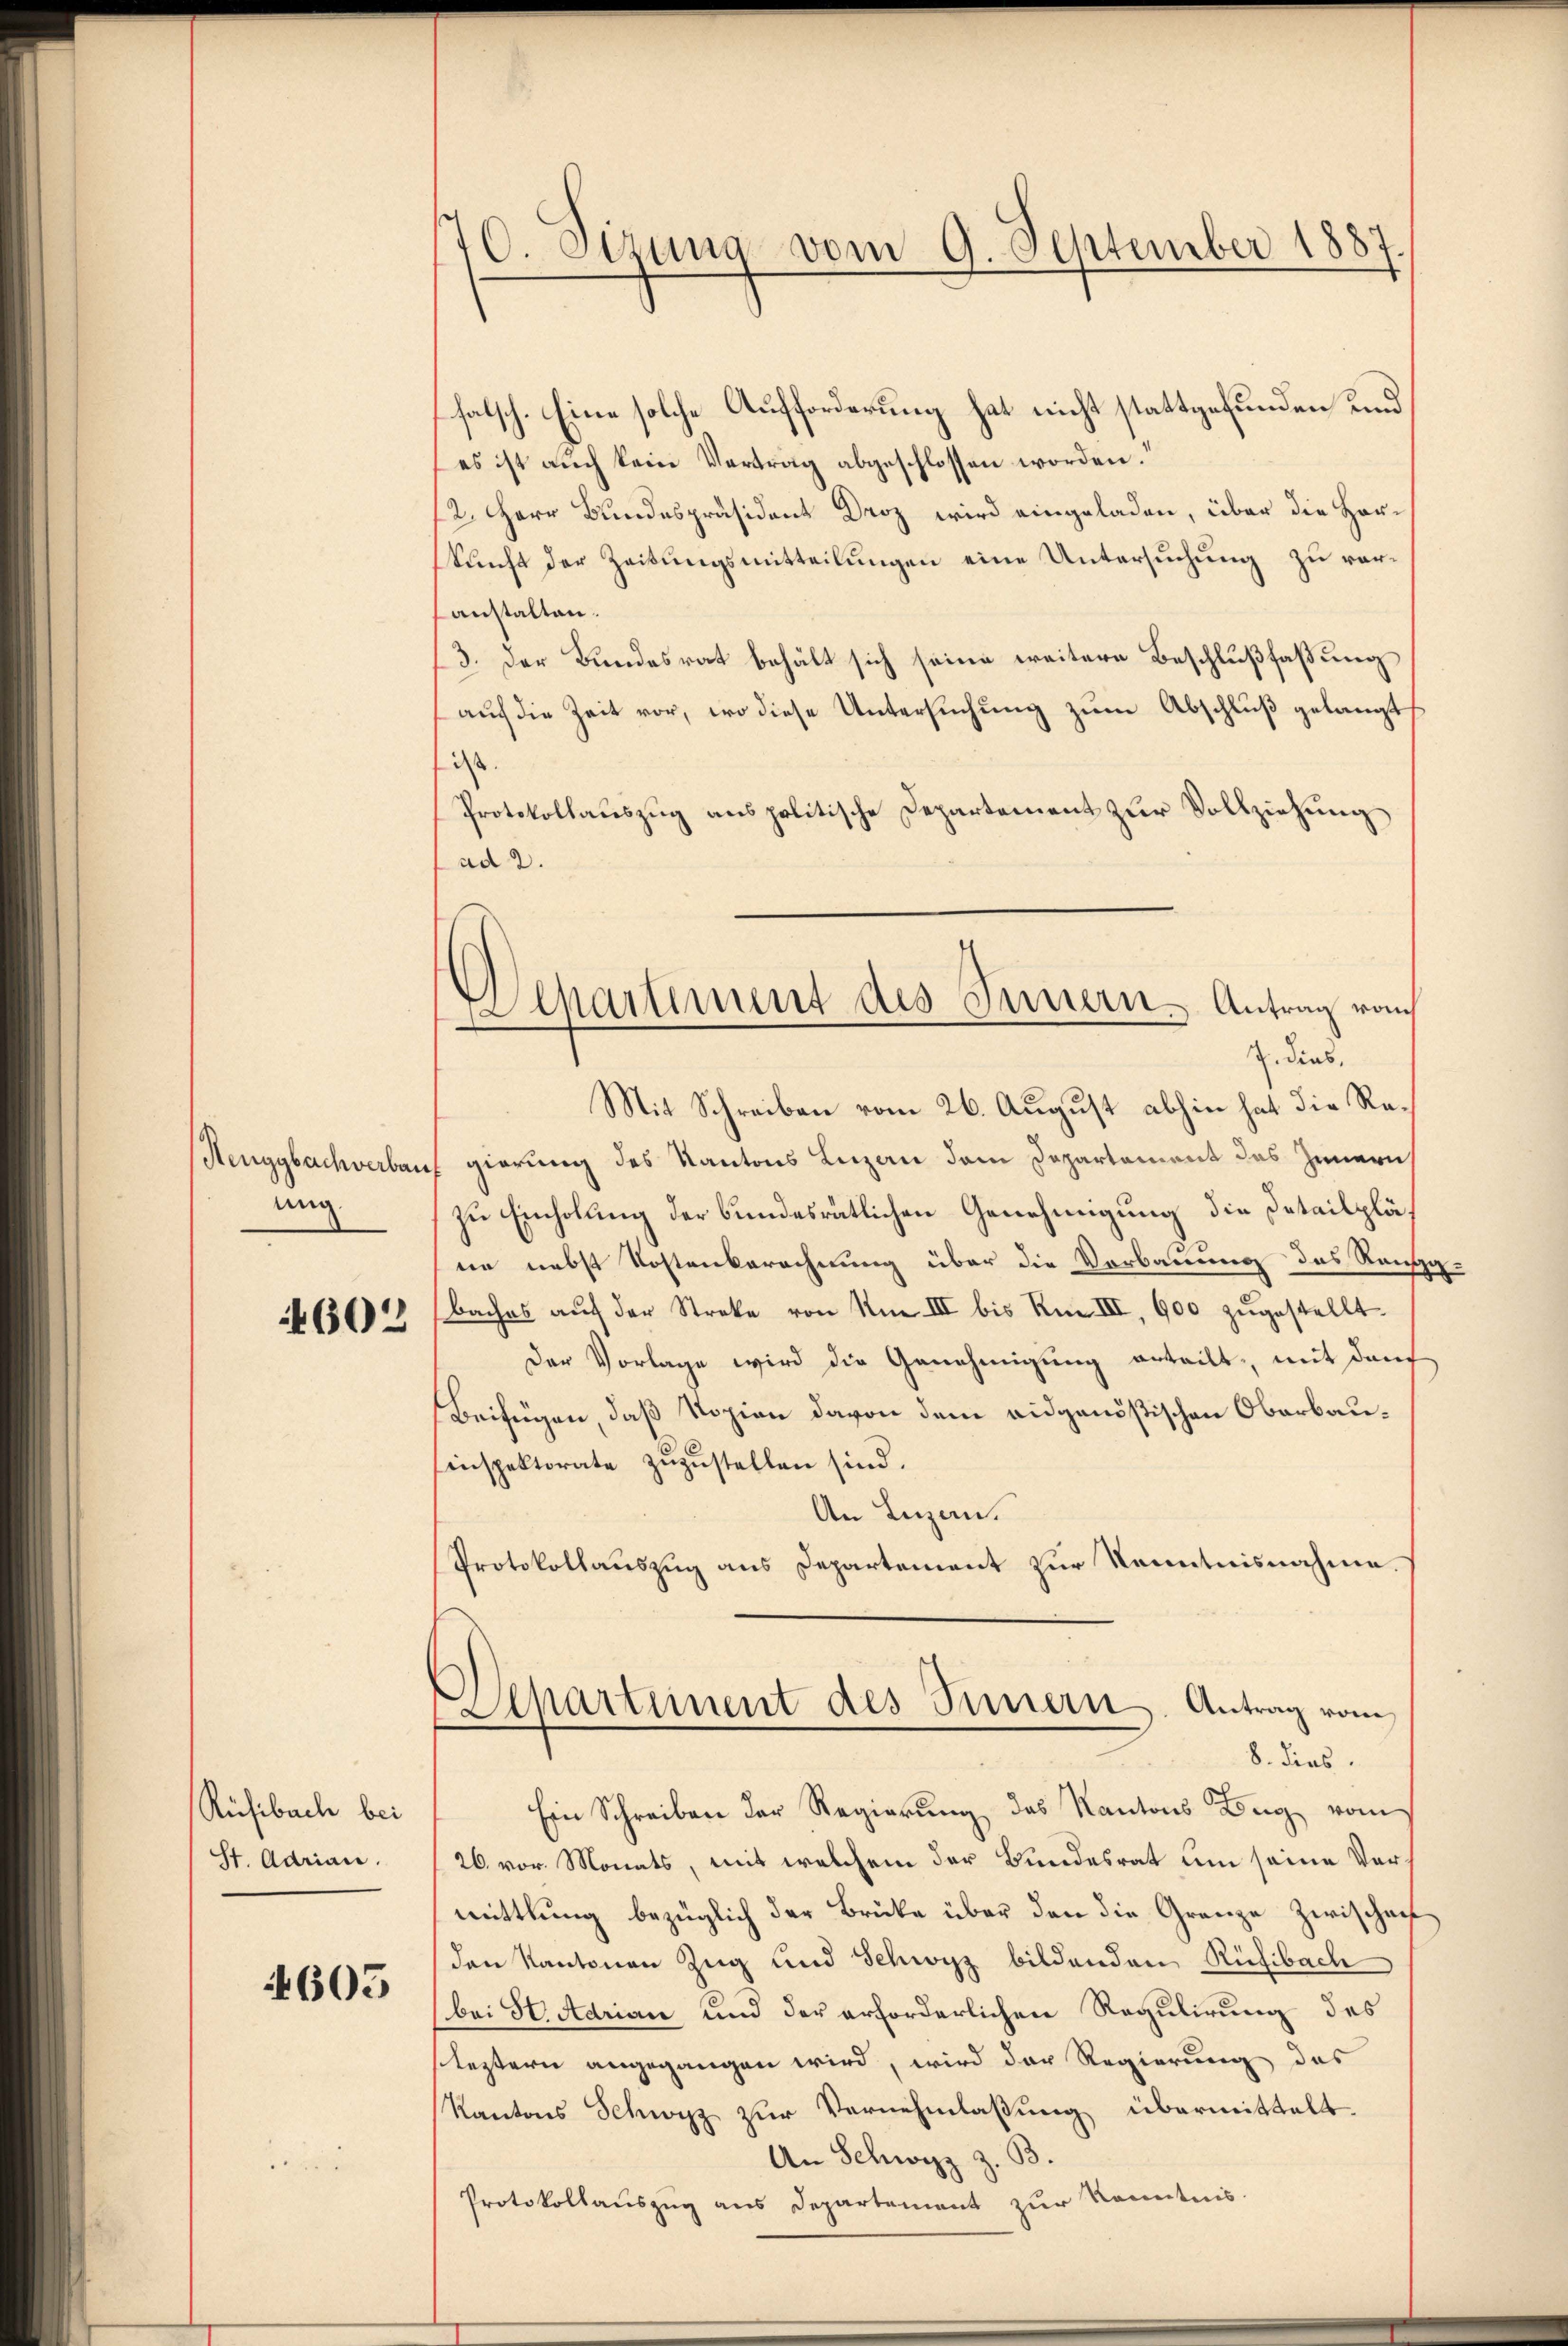
Henggbachverbau
ung
4602

Rüsibach bei
St. Adrian.

605

c
10. Sizung vom 9. September 1887

.
Alpartement des Innern Antrag vom

falsch. Eine solche Aufforderung hat nicht stattgefunden und
es ist auch kein Vertrag abgeschlossen worden.
2. Herr Bundespräsident Droz wird eingeladen, über die Horkunft der Zeitungsmitteilungen eine Untersuchung zu veranstalten.
3. Der Bundesrat behält sich seine weitere Beschlußfaßung
auf die Zeit vor, wo diese Untersuchung zum Abschluß gelangt,
i
Protokollauszug aus politische Departement zur Vollziehung
ad 2.
G. dies
Mit Schreiben vom 26. August abhin hat die Re¬
Egierung des Kantons Luzan dem Departement des Innern
zu Einholung der bundesrätlichen Genehmigung die Detailpläin nebst Kostenberechnung über die Verbauung des Rang-
Baches aŭf der Streke von Am III bis Am III, 600 zŭgestellt.
Der Vorlage wird die Genehmigung erteilt, mit danch
Beifügen, daß Kopien davon dem eidgenöstischen Oberbau¬
Einspektorate zuzustellen sind.
An Luzern.
Protokollauszug aus Departement zur Kenntnisnahme.
Scharteinent des Innern. Antrag vom
8. dies
Ein Schreiben der Regierung des Kantons Zug vom
26 vor. Monats, mit welchem der Bundesrat um seine Vermittlung bezüglich der Brücke über den die Granze Zwischaf
den Kantonen Zug und Schwyz bildenden Rüfibach
bei Stadrian und der erforderlichen Regulirung des
sleztern angegangen wird, wird der Regierung des
Kantons Schwyz zur Vernehmlassung übermittelt.
An Schwyz z. B.
Protokollauszug aus Departement zur Kenntnis.